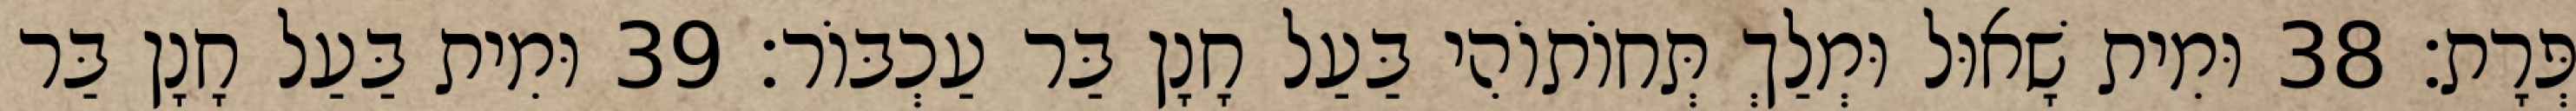
פְּרָת׃ 38 וּמִית שָׁאוּל וּמְלַךְ תְּחוֹתוֹהִי בַּעַל חָנָן בַּר עַכְבּוֹר׃ 39 וּמִית בַּעַל חָנָן בַּר